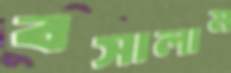
বসালাম